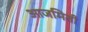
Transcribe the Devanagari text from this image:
आजमिती